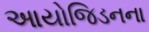
આયોજિડનના